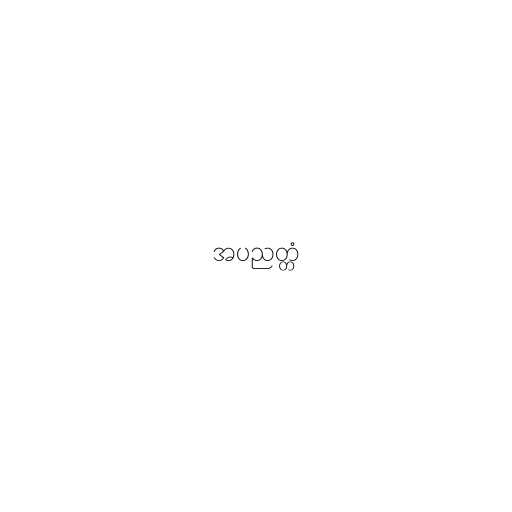
အပညတ္တံ